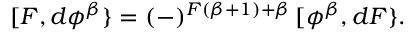
[ F , d \phi ^ { \beta } \} = ( - ) ^ { F ( \beta + 1 ) + \beta } \, [ \phi ^ { \beta } , d F \} .